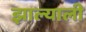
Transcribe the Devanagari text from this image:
झाल्याली